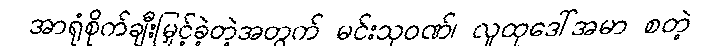
အာရုံစိုက်ချီးမြှင့်ခဲ့တဲ့အတွက် မင်းသုဝဏ်၊ လူထုဒေါ်အမာ စတဲ့